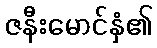
ဇနီးမောင်နှံ၏